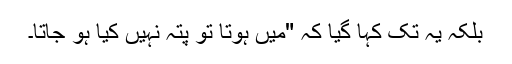
بلکہ یہ تک کہا گیا کہ "میں ہوتا تو پتہ نہیں کیا ہو جاتا۔